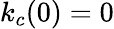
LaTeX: k_{c}(0)=0